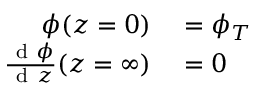
\begin{array} { r l } { \phi ( z = 0 ) } & { { } = \phi _ { T } } \\ { \frac { \mathrm { ~ d ~ } \phi } { \mathrm { ~ d ~ } z } ( z = \infty ) } & { { } = 0 } \end{array}